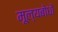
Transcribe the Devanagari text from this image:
मूल्यबोधों